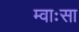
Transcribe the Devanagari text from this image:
म्वाःसा